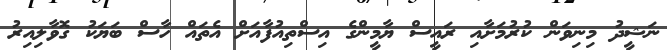
ނަޝީދު މިނިވަން ކުރުމަށާއި ރައީސް ޔާމީންގެ އިސްތިއުފާއަށް އެތައް ހާސް ބަޔަކު ގޮވާލިއިރު